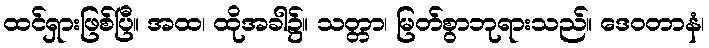
ထင်ရှားဖြစ်ပြီ။ အထ၊ ထိုအခါ၌။ သတ္တာ၊ မြတ်စွာဘုရားသည်။ ဒေဝတာနံ၊